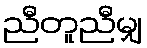
ညီတူညီမျှ